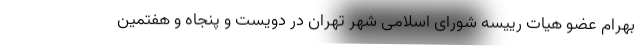
بهرام عضو هیات رییسه شورای اسلامی شهر تهران در دویست و پنجاه و هفتمین